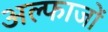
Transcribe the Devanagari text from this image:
अल्फाजों